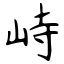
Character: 峙